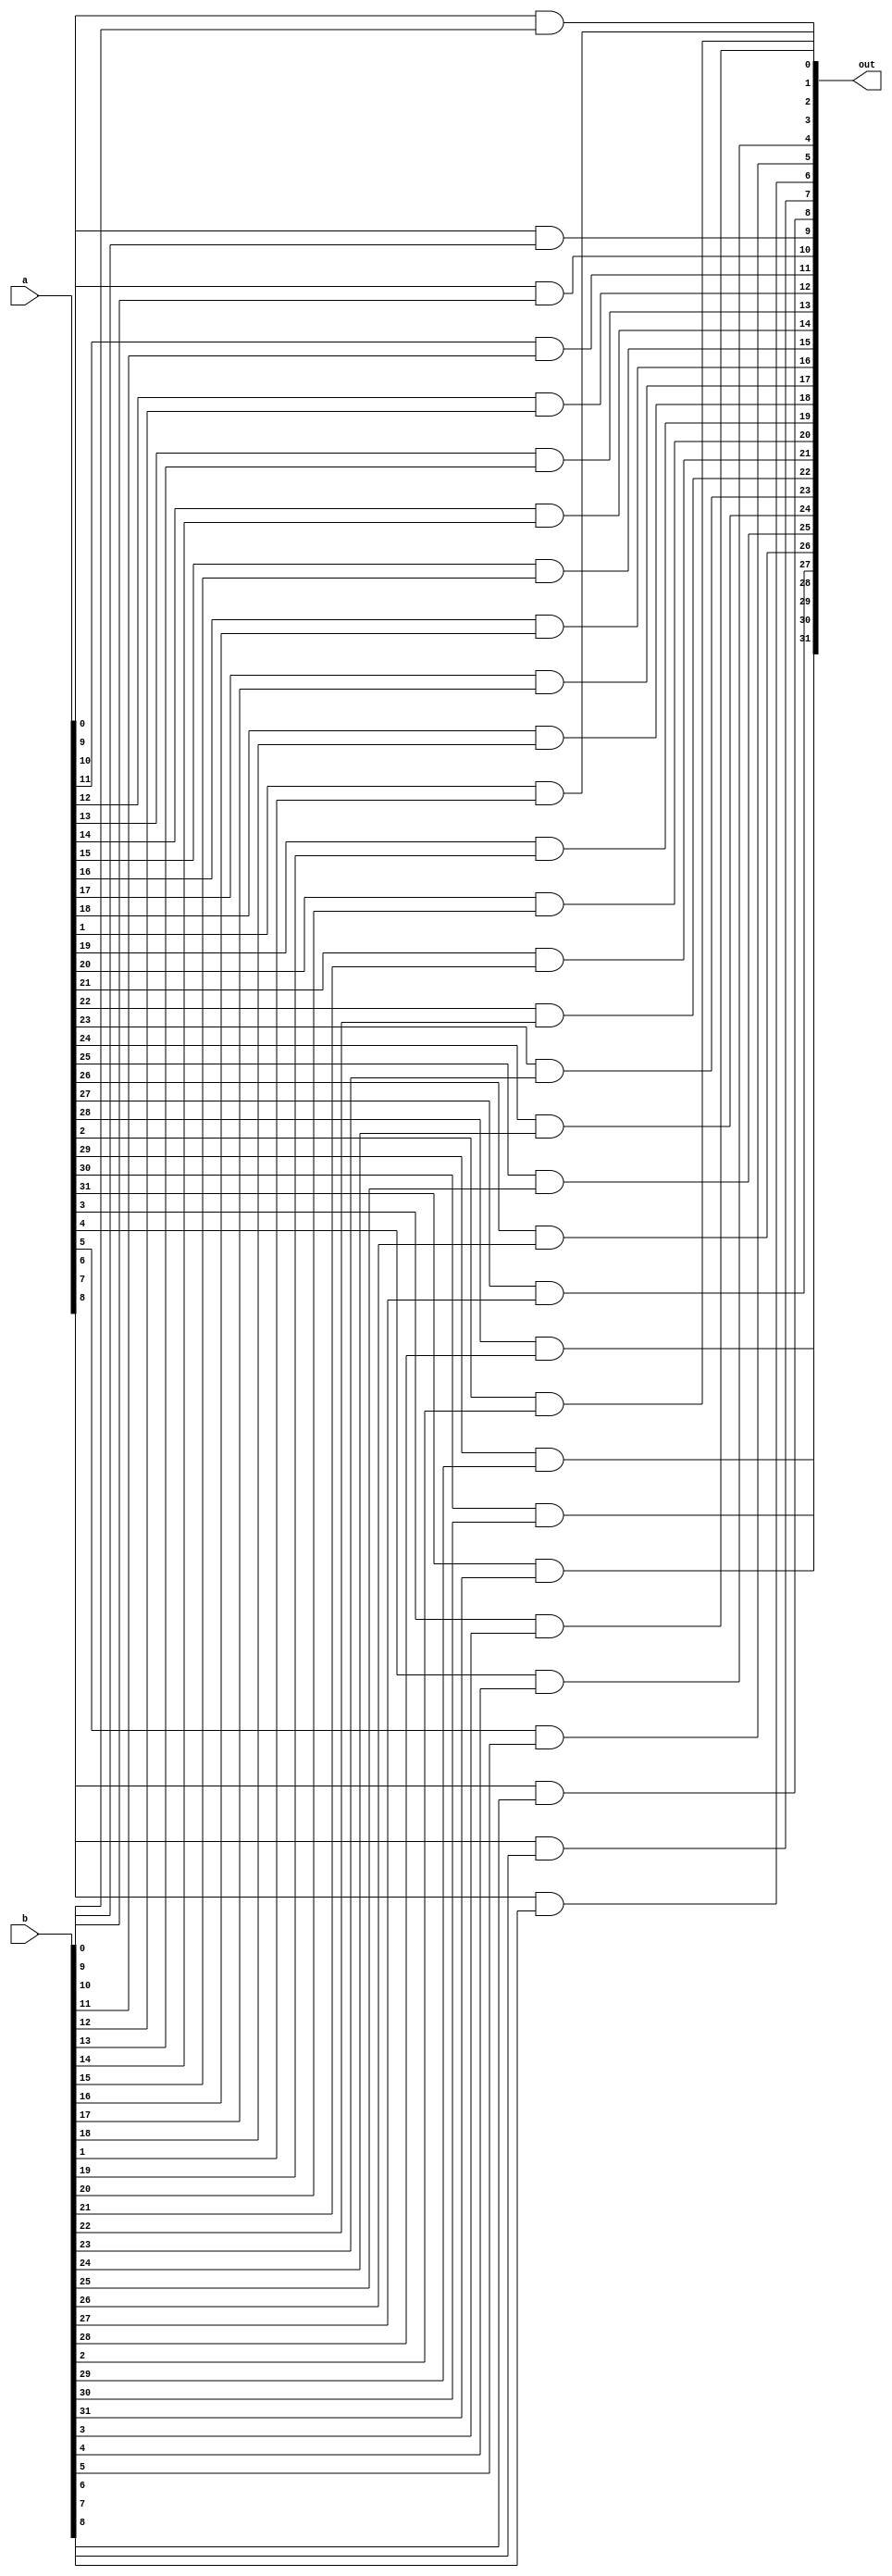

`timescale 1ns/1ns

module and32 #(parameter N=32)(input [N-1:0] a, input [N-1:0]b, output [N-1:0] out);
genvar i;
generate 
for (i=0;i<N; i=i+1) begin 
assign out[i]= a[i] & b[i];
end
endgenerate

endmodule